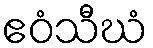
ဧဝံသီဃံ